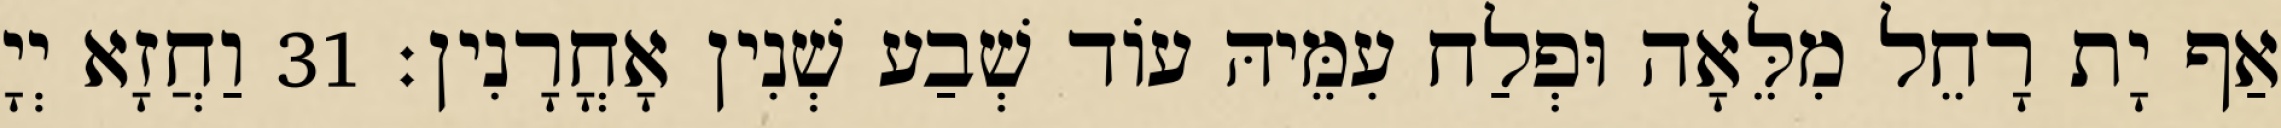
אַף יָת רָחֵל מִלֵּאָה וּפְלַח עִמֵּיהּ עוֹד שְׁבַע שְׁנִין אָחֳרָנִין׃ 31 וַחֲזָא יְיָ